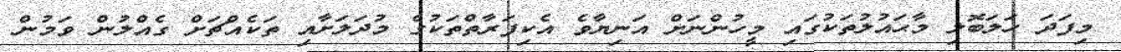
މިފަދަ ހަލަބޮލި މާޙައުލުތަކުގައި މީހުންނަށް އަނިޔާވެ އެކިފަރާތްތަކުގެ މުދަލަށާއި ތަކެއްޗަށް ގެއްލުން ވަމުން